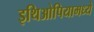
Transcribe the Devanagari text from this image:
इथिओपियामध्ये